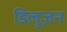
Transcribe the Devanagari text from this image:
डिलुज़न